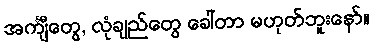
အင်္ကျီတွေ, လုံချည်တွေ ခေါ်တာ မဟုတ်ဘူးနော်။